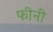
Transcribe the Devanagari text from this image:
फीनी